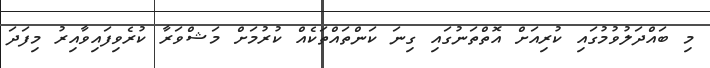
މި ބައްދަލުވުމުގައި ކުރިއަށް އޮތްތަނުގައި ގިނަ ކަންތައްތަކެއް ކުރުމަށް މަޝްވަރާ ކުރެވިފައިވާއިރު މިފަދަ